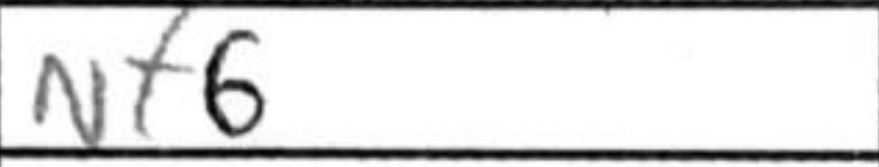
Transcription: Nf6